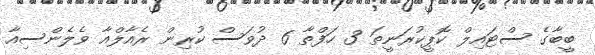
ބީބާގެ ސްޓައިލް ކޮޕީކުރަނީތަ 3 ހަފްތާ 6 ދުވަސް ކުރިން ރެއާލްއާ ވެލެންސިއާ